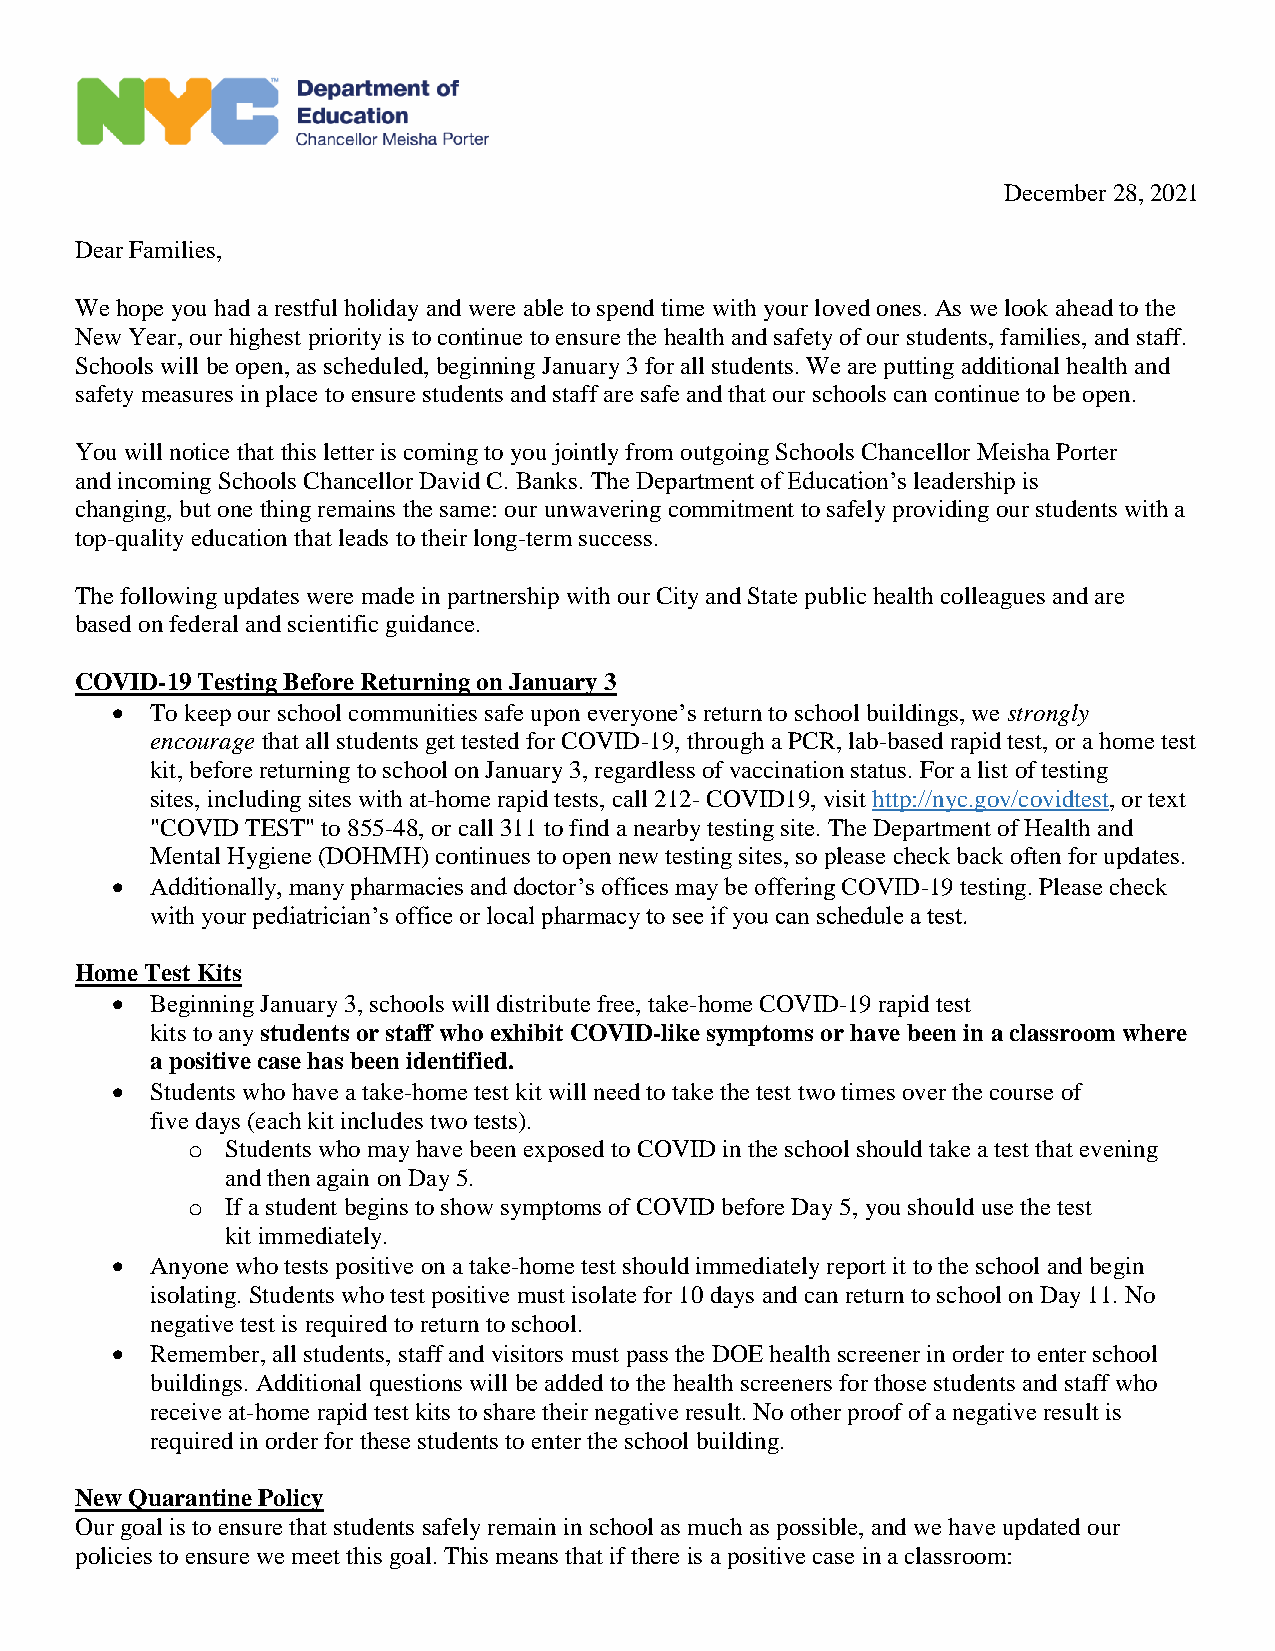
December 28, 2021
 Dear Families,
 We hope you had a restful holiday and were able to spend time with your loved ones. As we look ahead to the
 New Year, our highest priority is to continue to ensure the health and safety of our students, families, and staff.
 Schools will be open, as scheduled, beginning January 3 for all students. We are putting additional health and
 safety measures in place to ensure students and staff are safe and that our schools can continue to be open.
 You will notice that this letter is coming to you jointly from outgoing Schools Chancellor Meisha Porter
 and incoming Schools Chancellor David C. Banks. The Department of Education’s leadership is
 changing, but one thing remains the same: our unwavering commitment to safely providing our students with a
 top-quality education that leads to their long-term success.
 The following updates were made in partnership with our City and State public health colleagues and are
 based on federal and scientific guidance.
 COVID-19 Testing Before Returning on January 3
   To keep our school communities safe upon everyone’s return to school buildings, we strongly
 encourage that all students get tested for COVID-19, through a PCR, lab-based rapid test, or a home test
 kit, before returning to school on January 3, regardless of vaccination status. For a list of testing
 sites, including sites with at-home rapid tests, call 212- COVID19, visit http://nyc.gov/covidtest, or text
 "COVID TEST" to 855-48, or call 311 to find a nearby testing site. The Department of Health and
 Mental Hygiene (DOHMH) continues to open new testing sites, so please check back often for updates.
   Additionally, many pharmacies and doctor’s offices may be offering COVID-19 testing. Please check
 with your pediatrician’s office or local pharmacy to see if you can schedule a test.
 Home Test Kits
   Beginning January 3, schools will distribute free, take-home COVID-19 rapid test
 kits to any students or staff who exhibit COVID-like symptoms or have been in a classroom where
 a positive case has been identified.
   Students who have a take-home test kit will need to take the test two times over the course of
 five days (each kit includes two tests).
 o  Students who may have been exposed to COVID in the school should take a test that evening
 and then again on Day 5.
 o  If a student begins to show symptoms of COVID before Day 5, you should use the test
 kit immediately.
   Anyone who tests positive on a take-home test should immediately report it to the school and begin
 isolating. Students who test positive must isolate for 10 days and can return to school on Day 11. No
 negative test is required to return to school.
   Remember, all students, staff and visitors must pass the DOE health screener in order to enter school
 buildings. Additional questions will be added to the health screeners for those students and staff who
 receive at-home rapid test kits to share their negative result. No other proof of a negative result is
 required in order for these students to enter the school building.
 New Quarantine Policy
 Our goal is to ensure that students safely remain in school as much as possible, and we have updated our
 policies to ensure we meet this goal. This means that if there is a positive case in a classroom: